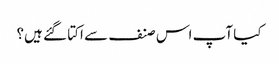
کیا آپ اس صنف سے اکتا گئے ہیں؟